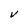
Character: V